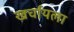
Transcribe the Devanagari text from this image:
खर्चायला